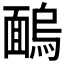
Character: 𩈺